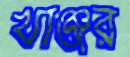
খাঞ্জর